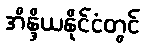
အိန္ဒိယနိုင်ငံတွင်